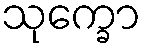
သုက္ခော